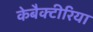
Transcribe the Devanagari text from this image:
केबैक्टीरिया